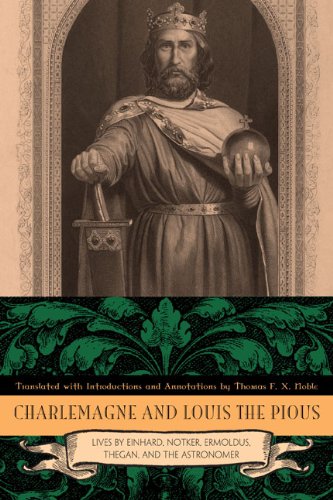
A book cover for Charlemagne and Louis the Pious: Lives by Einhard, Notker, Ermoldus, Thegan, and the Astronomer; Literature & Fiction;